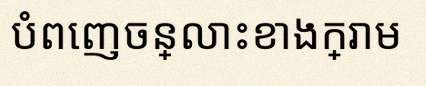
បំពេញចន្លោះខាងក្រោម